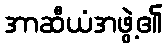
အာဆီယံအဖွဲ့၏